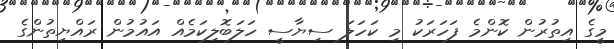
މީގެ އިތުރުން ކޮންމެ ފަހަރަކު މި ކަހަލަ ސިޔާސީ ހަލަބޮލިކަމެއް އައުމުން ރައްޔިތުންގެ